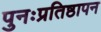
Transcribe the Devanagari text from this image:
पुनःप्रतिष्ठापन